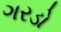
ગરડો